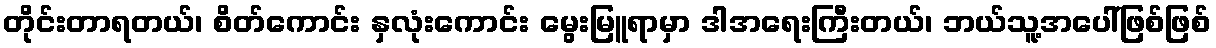
တိုင်းတာရတယ်၊ စိတ်ကောင်း နှလုံးကောင်း မွေးမြူရာမှာ ဒါအရေးကြီးတယ်၊ ဘယ်သူ့အပေါ်ဖြစ်ဖြစ်